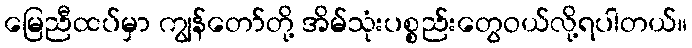
မြေညီထပ်မှာ ကျွန်တော်တို့ အိမ်သုံးပစ္စည်းတွေဝယ်လို့ရပါတယ်။